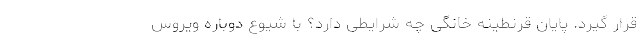
قرار گیرد. پایان قرنطینه خانگی چه شرایطی دارد؟ با شیوع دوباره ویروس